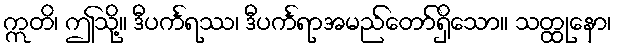
ဣတိ၊ ဤသို့။ ဒီပင်္ကရဿ၊ ဒီပင်္ကရာအမည်တော်ရှိသော။ သတ္ထုနော၊